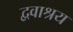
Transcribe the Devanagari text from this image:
द्ववाश्रय